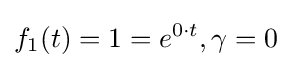
f_{1}(t)=1=e^{0\cdot t},\gamma =0